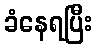
ခံနေရပြီး